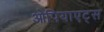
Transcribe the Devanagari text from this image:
ओपियाएट्स